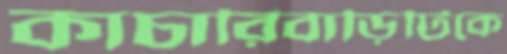
কাচারিবাড়িটিকে